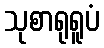
သုစာရုရူပံ